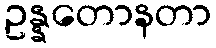
ဥန္နတောနတာ